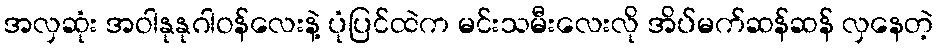
အလှဆုံး အဝါနုနုဂါဝန်လေးနဲ့ ပုံပြင်ထဲက မင်းသမီးလေးလို အိပ်မက်ဆန်ဆန် လှနေတဲ့